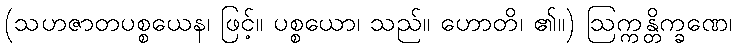
(သဟဇာတပစ္စယေန၊ ဖြင့်။ ပစ္စယော၊ သည်။ ဟောတိ၊ ၏။) ဩက္ကန္တိက္ခဏေ၊